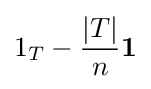
1_{T}-{\frac {|T|}{n}}\mathbf {1}